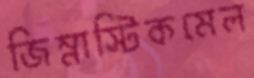
জিম্‌নাস্টিকমেল